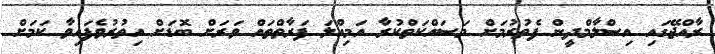
ރާއްޖޭގައި އިސްލާމްދީން ފެތުރުމަށް މަސައްކަތްކުރާ އަމިއްލަ ފަރާތްތައް ވަރަށް ބޮޑަށް އިތުރުވެފައިވާ ކަމަށް